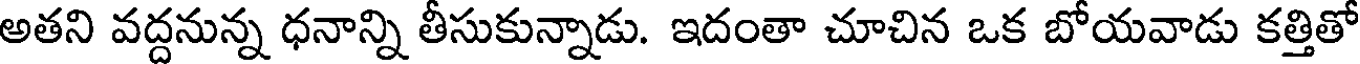
అతని వద్దనున్న ధనాన్ని తీసుకున్నాడు. ఇదంతా చూచిన ఒక బోయవాడు కత్తితో